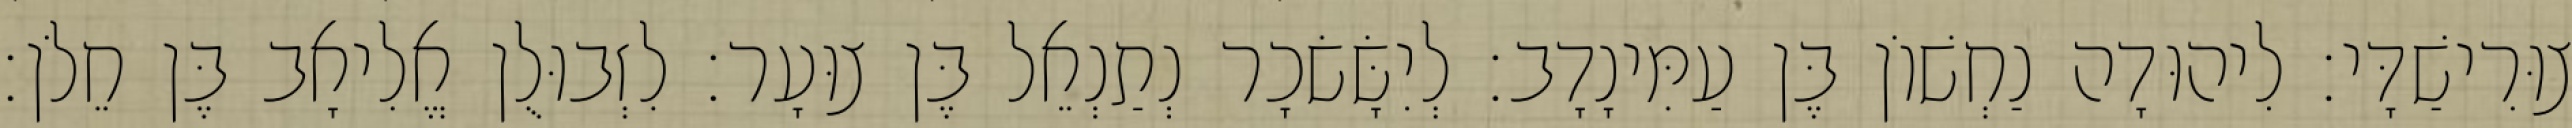
צוּרִישַׁדָּי׃ לִיהוּדָה נַחְשׁוֹן בֶּן עַמִּינָדָב׃ לְיִשָּׂשׂכָר נְתַנְאֵל בֶּן צוּעָר׃ לִזְבוּלֻן אֱלִיאָב בֶּן חֵלֹן׃